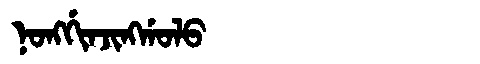
Manchu: ᠨᠣᠩᡤᡳᠨᠵᡳᠩᡤᠣᠯᠣ
Romanization: NONGGINJINGGOLO